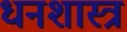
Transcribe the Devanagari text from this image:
धनशास्त्र